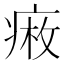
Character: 𤷠